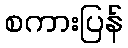
စကားပြန်